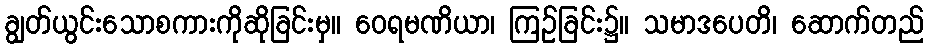
ချွတ်ယွင်းသောစကားကိုဆိုခြင်းမှ။ ဝေရမဏိယာ၊ ကြဉ်ခြင်း၌။ သမာဒပေတိ၊ ဆောက်တည်